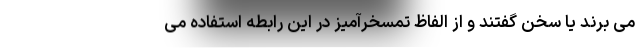
می برند یا سخن گفتند و از الفاظ تمسخرآمیز در این رابطه استفاده می